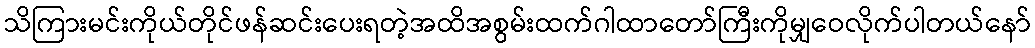
သိကြားမင်းကိုယ်တိုင်ဖန်ဆင်းပေးရတဲ့အထိအစွမ်းထက်ဂါထာတော်ကြီးကိုမျှဝေလိုက်ပါတယ်နော်